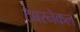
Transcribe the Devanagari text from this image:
टेबरनेकल